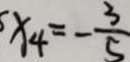
x _ { 4 } = - \frac { 3 } { 5 }